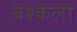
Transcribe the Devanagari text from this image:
बश्कला